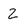
Character: 2